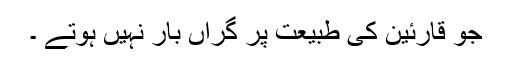
جو قارئین کی طبیعت پر گراں بار نہیں ہوتے ۔